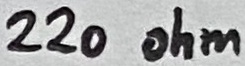
Text: 220 ohm